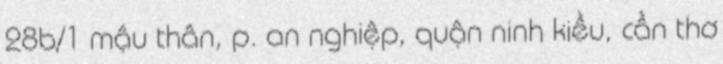
28b/1 mậu thân, p. an nghiệp, quận ninh kiều, cần thơ